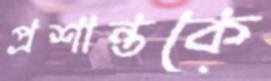
প্রশান্তকে